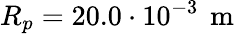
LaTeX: R_{p}=20.0\cdot 10^{-3}\, \mathrm{~m~}